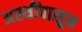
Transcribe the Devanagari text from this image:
अस्थींपासून